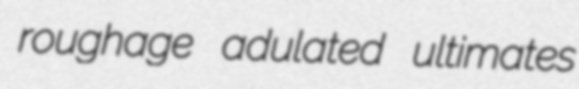
roughage adulated ultimates